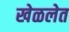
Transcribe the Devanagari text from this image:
खेळलेत